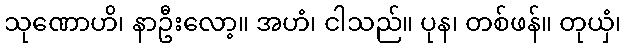
သုဏောဟိ၊ နာဦးလော့။ အဟံ၊ ငါသည်။ ပုန၊ တစ်ဖန်။ တုယှံ၊